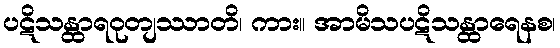
ပဋိသန္ထာရဝုတျဿာတိ၊ ကား။ အာမိသပဋိသန္ထာရေနစ၊